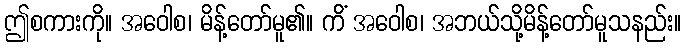
ဤစကားကို။ အဝေါစ၊ မိန့်တော်မူ၏။ ကိံ အဝေါစ၊ အဘယ်သို့မိန့်တော်မူသနည်း။